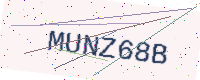
Text: MUNZ68B